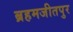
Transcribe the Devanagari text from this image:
ब्रहमजीतपुर